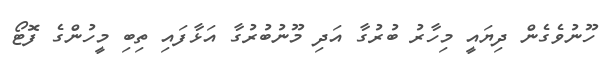
ހޫނުވެގެން ދިޔައީ މިހާރު ބުރުގާ އަދި މޫނުބުރުގާ އަޅާފައި ތިބި މީހުންގެ ފޮޓޯ